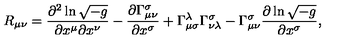
R _ { \mu \nu } = \frac { \partial ^ { 2 } \ln \sqrt { - g } } { \partial x ^ { \mu } \partial x ^ { \nu } } - \frac { \partial \Gamma _ { \mu \nu } ^ { \sigma } } { \partial x ^ { \sigma } } + \Gamma _ { \mu \sigma } ^ { \lambda } \Gamma _ { \nu \lambda } ^ { \sigma } - \Gamma _ { \mu \nu } ^ { \sigma } \frac { \partial \ln \sqrt { - g } } { \partial x ^ { \sigma } } ,